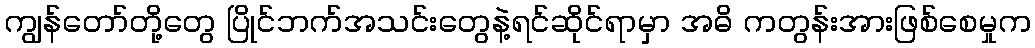
ကျွန်တော်တို့တွေ ပြိုင်ဘက်အသင်းတွေနဲ့ရင်ဆိုင်ရာမှာ အဓိ ကတွန်းအားဖြစ်စေမှုက